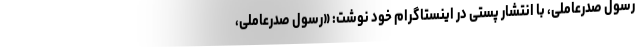
رسول صدرعاملی، با انتشار پستی در اینستاگرام خود نوشت: «رسول صدرعاملی،